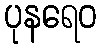
ပုနရေဝ